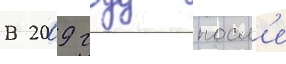
В 2009 году посл'е